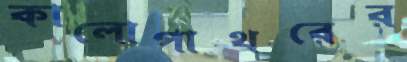
কালোপাথরের